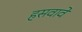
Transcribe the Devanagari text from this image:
हसवावे